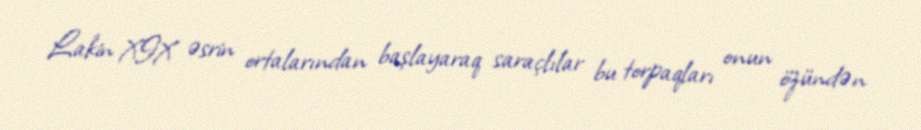
Lakin XIX əsrin ortalarından başlayaraq saraçlılar bu torpaqları onun özündən